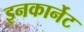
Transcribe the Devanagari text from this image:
इनकार्नेट